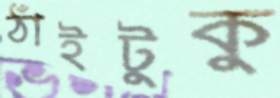
ঠাঁইটুকু